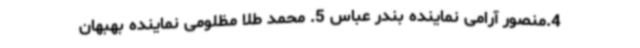
4.منصور آرامی نماینده بندر عباس 5. محمد طلا مظلومی نماینده بهبهان